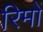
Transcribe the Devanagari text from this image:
रिमों